Civil Veterinary Department Bihar reports 1936-40 - 1936-1940
Year: 1936
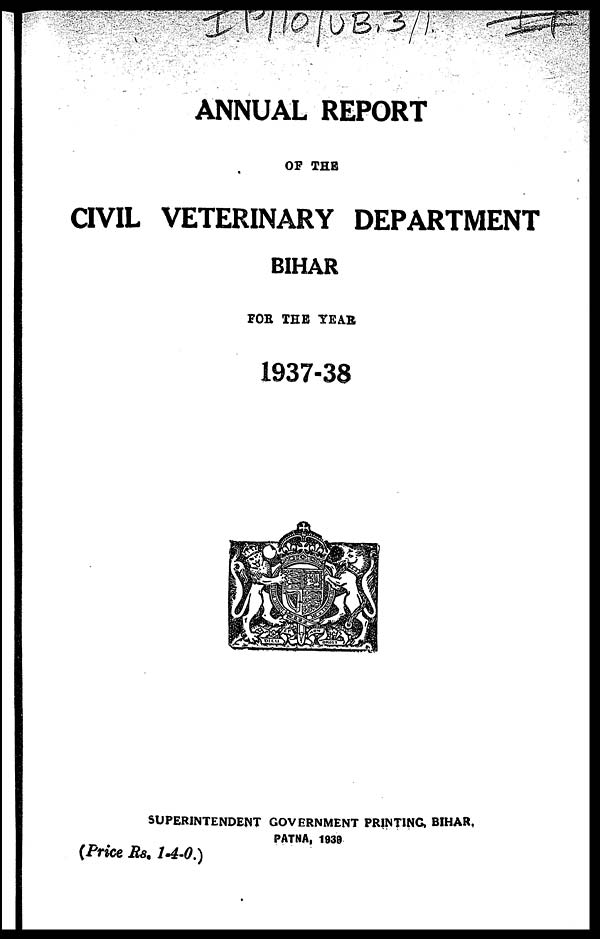
ANNUAL REPORT
OF THE
CIVIL VETERINARY DEPARTMENT
BIHAR
FOR THE TEAR
1937-38
SUPERINTENDENT GOVERNMENT PRINTING, BIHAR.
PATNA, 1939
(Price Rs. 1-4-0.)